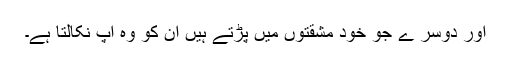
اور دوسر ے جو خود مشقتوں میں پڑتے ہیں ان کو وہ آپ نکالتا ہے۔